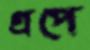
গ্রপে